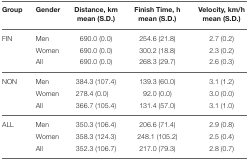
<table><thead><tr><td><b>Group</b></td><td><b>Gender</b></td><td><b>Distance, km mean (S.D.)</b></td><td><b>Finish Time, h mean (S.D.)</b></td><td><b>Velocity, km/h mean (S.D.)</b></td></tr></thead><tbody><tr><td>FIN</td><td>Men</td><td>690.0 (0.0)</td><td>254.6 (21.8)</td><td>2.7 (0.2)</td></tr><tr><td></td><td>Women</td><td>690.0 (0.0)</td><td>300.2 (18.8)</td><td>2.3 (0.2)</td></tr><tr><td></td><td>All</td><td>690.0 (0.0)</td><td>268.3 (29.7)</td><td>2.6 (0.3)</td></tr><tr><td>NON</td><td>Men</td><td>384.3 (107.4)</td><td>139.3 (60.0)</td><td>3.1 (1.2)</td></tr><tr><td></td><td>Women</td><td>278.4 (0.0)</td><td>92.0 (0.0)</td><td>3.0 (0.0)</td></tr><tr><td></td><td>All</td><td>366.7 (105.4)</td><td>131.4 (57.0)</td><td>3.1 (1.0)</td></tr><tr><td>ALL</td><td>Men</td><td>350.3 (106.4)</td><td>206.6 (71.4)</td><td>2.9 (0.8)</td></tr><tr><td></td><td>Women</td><td>358.3 (124.3)</td><td>248.1 (105.2)</td><td>2.5 (0.4)</td></tr><tr><td></td><td>All</td><td>352.3 (106.7)</td><td>217.0 (79.3)</td><td>2.8 (0.7)</td></tr></tbody></table>